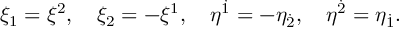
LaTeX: \xi _ { 1 } = \xi ^ { 2 } , \quad \xi _ { 2 } = - \xi ^ { 1 } , \quad \eta ^ { \dot { 1 } } = - \eta _ { \dot { 2 } } , \quad \eta ^ { \dot { 2 } } = \eta _ { \dot { 1 } } .